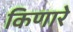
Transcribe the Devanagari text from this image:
किणारे